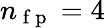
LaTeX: {n_{\mathrm{~f~p~}}}=4